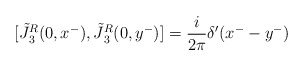
\begin{align*}[\tilde {J} {^{R} _3} (0,x^-) , \tilde {J} {^{R} _3} (0,y^-)] = {i \over 2 \pi} \delta'(x^- - y^-)\end{align*}